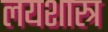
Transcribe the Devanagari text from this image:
लयशास्त्र